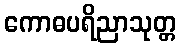
ကောဓပရိညာသုတ္တ